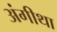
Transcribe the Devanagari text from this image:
अंगीथा